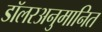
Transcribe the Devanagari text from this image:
डॉलरअनुमानित